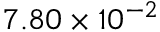
7 . 8 0 \times 1 0 ^ { - 2 }